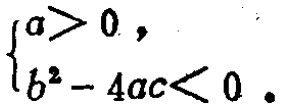
\(\begin{cases}

a > 0, \\

b^{2}-4ac < 0 .

\end{cases}\)